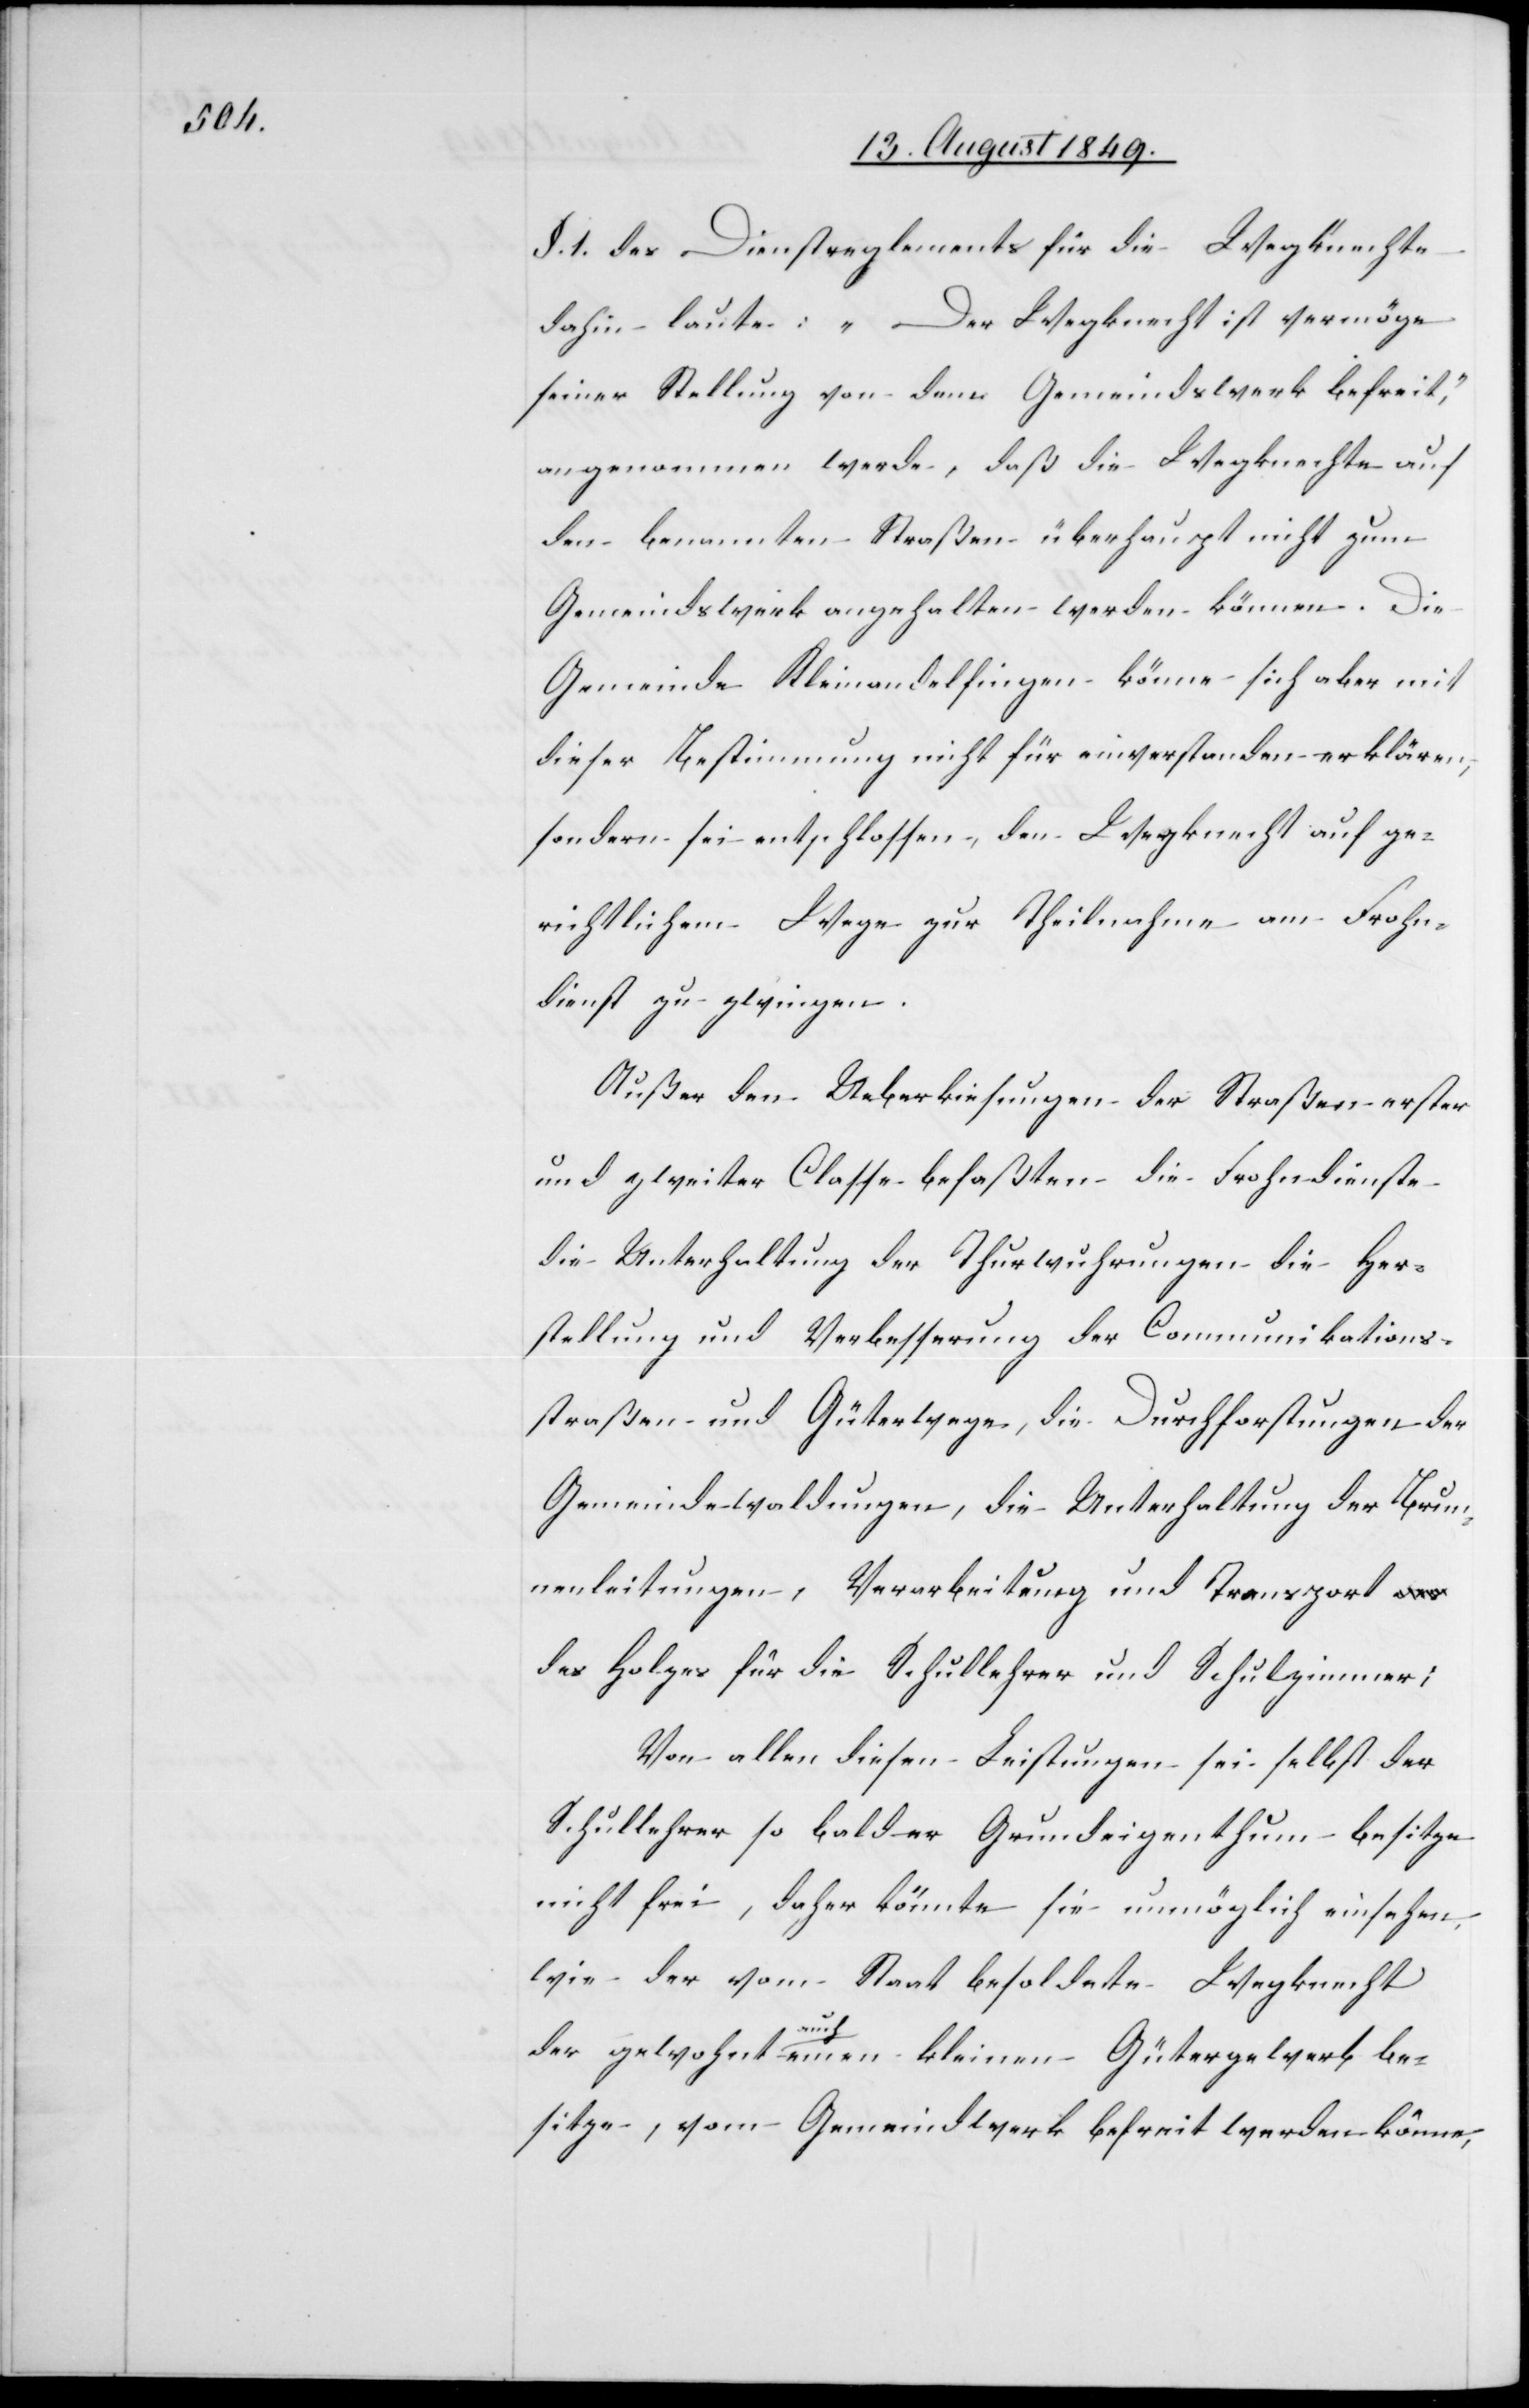
§. 1. des Dienstreglements für die Wegknechte
dahin laute: „Der Wegknecht ist vermöge
seiner Stellung von dem Gemeindswerk befreit“,
angenommen werde, daß die Wegknechte auf
den benannten Straßen überhaupt nicht zum
Gemeindswerk angehalten werden können. Die
Gemeinde Kleinandelfingen könne sich aber mit
dieser Bestimmung nicht für einverstanden erklären,
sondern sei entschlossen, den Wegknecht auf ge¬
richtlichem Wege zur Theilnahme am Frohn¬
dienst zu zwingen.
Außer den Ueberkiesungen der Straßen erster
und zweiter Classe befaßten die Frohndienste
die Unterhaltung der Thurwuhrungen die Her¬
stellung und Verbesserung der Communikations¬
straßen und Güterwege, die Durchforstungen der
Gemeindewaldungen, die Unterhaltung der Brun¬
nenleitungen, Verarbeitung und Transport
des Holzes für die Schullehrer und Schulzimmer;
Von allen diesen Leistungen sei selbst der
Schullehrer so bald er Grundeigenthum besitze
nicht frei, daher könnte sie unmöglich einsehen,
wie der vom Staat besoldete Wegknecht
der gewohnt auch einen kleinen Gütergewerb be¬
sitze, vom Gemeindwerk befreit werden könne,